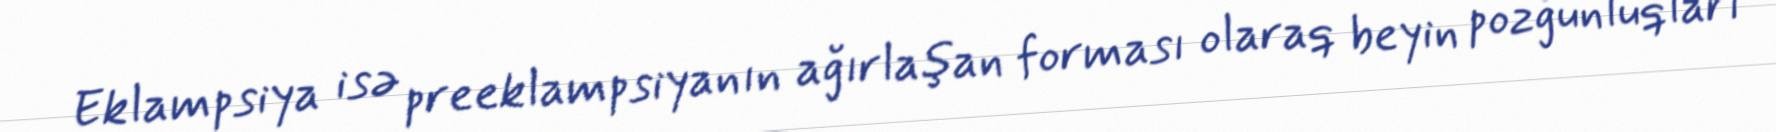
Eklampsiya isə preeklampsiyanın ağırlaşan forması olaraq beyin pozğunluqları